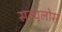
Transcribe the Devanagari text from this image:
सूल्यूलोस